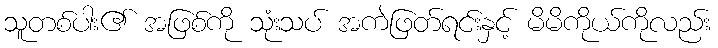
သူတစ်ပါး၏ အဖြစ်ကို သုံးသပ် အကဲဖြတ်ရင်းနှင့် မိမိကိုယ်ကိုလည်း